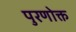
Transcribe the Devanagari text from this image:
पुरणोक्त